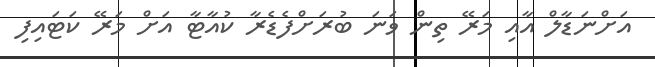
އަށްނަޑާލް އާއި މަރޭ ތިން ވަނަ ބުރަށްފެޑެރާ ކުއާޓާ އަށް މަރޭ ކަޓައިފި